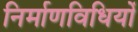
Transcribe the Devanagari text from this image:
निर्माणविधियों